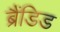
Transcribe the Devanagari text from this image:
ब्रैंडिड